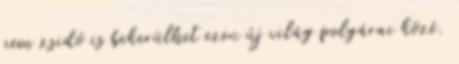
nem zsidó is bekerülhet ezen új világ polgárai közé.